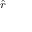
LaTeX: \scriptstyle { \hat { r } }